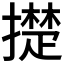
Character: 𰔪